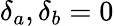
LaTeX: \delta_{a},\delta_{b}=0